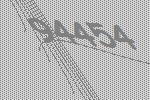
94454